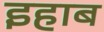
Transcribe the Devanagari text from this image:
इहाब